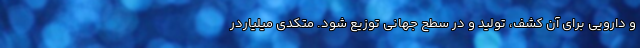
و دارویی برای آن کشف، تولید و در سطح جهانی توزیع شود. متکدی میلیاردر